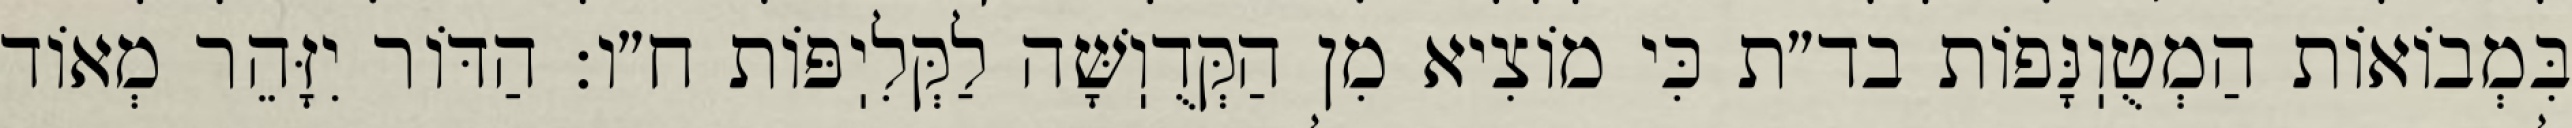
בִּמְבוֹאוֹת הַמְטֻוֽנָּפוֹת בד״ת כִּי מוֹצִיא מִן הַקְּדֻוֽשָּׁה לַקְּלִיֽפּוֹת ח״ו: הַדּוֹר יִזָּהֵר מְאוֹד